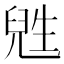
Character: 𬎸